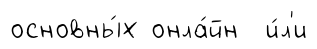
основны́х онла́йн и́л'и